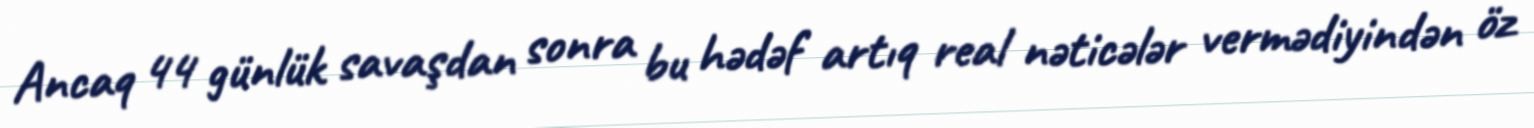
Ancaq 44 günlük savaşdan sonra bu hədəf artıq real nəticələr vermədiyindən öz